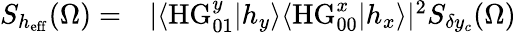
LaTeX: \begin{array}{rl}{S_{h_{\mathrm{eff}}}(\Omega)=}&{{}|\langle\mathrm{HG}_{01}^{y}|h_{y}\rangle\langle\mathrm{HG}_{00}^{x}|h_{x}\rangle|^{2}S_{\delta y_{c}}(\Omega)}\end{array}